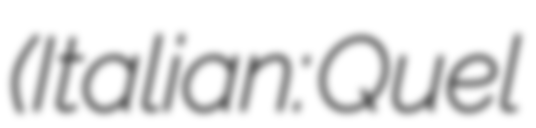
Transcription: (Italian: Quel